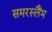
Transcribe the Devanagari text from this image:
समरस्लैंम